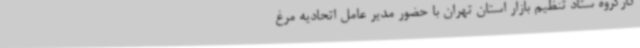
کارگروه ستاد تنظیم بازار استان تهران با حضور مدیر عامل اتحادیه مرغ